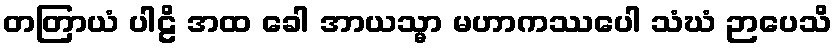
တတြာယံ ပါဠိ အထ ခေါ အာယသ္မာ မဟာကဿပေါ သံဃံ ဉာပေသိ